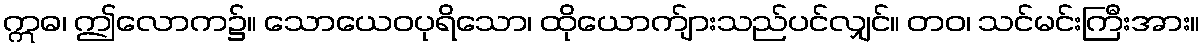
ဣဓ၊ ဤလောက၌။ သောယေဝပုရိသော၊ ထိုယောက်ျားသည်ပင်လျှင်။ တဝ၊ သင်မင်းကြီးအား။